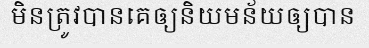
មិនត្រូវបានគេឲ្យនិយមន័យឲ្យបាន